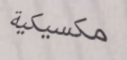
مكسيكية